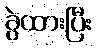
ခွဲထားပြီး